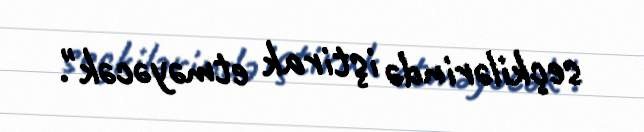
seçkilərində iştirak etməyəcək".